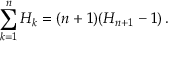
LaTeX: \sum _ { k = 1 } ^ { n } { H _ { k } } = ( n + 1 ) ( H _ { n + 1 } - 1 ) \, .